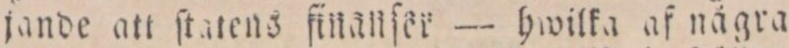
jande att ſtatens finanſer — hwilka af nägra